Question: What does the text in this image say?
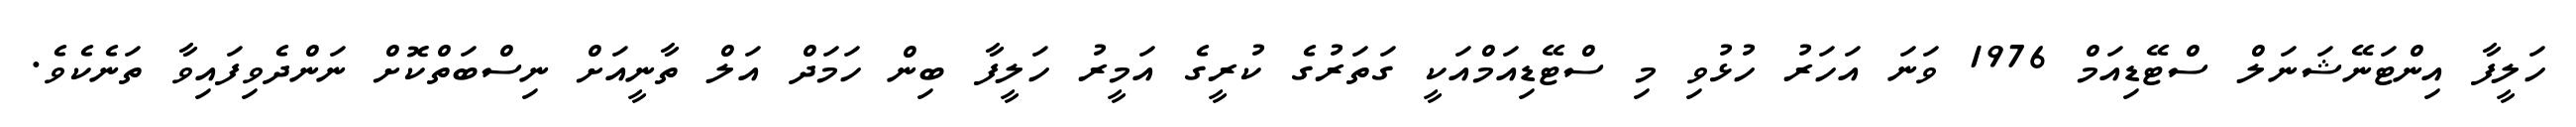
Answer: ހަލީފާ އިންޓަނޭޝަނަލް ސްޓޭޑިއަމް 1976 ވަނަ އަހަރު ހުޅުވި މި ސްޓޭޑިއަމްއަކީ ގަތަރުގެ ކުރީގެ އަމީރު ހަލީފާ ބިން ހަމަދް އަލް ތާނީއަށް ނިސްބަތްކޮށް ނަންދެވިފައިވާ ތަނެކެވެ.